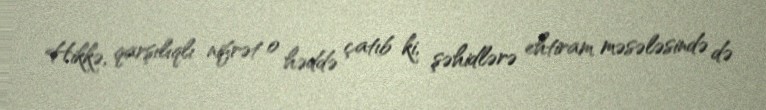
Hikkə, qarşılıqlı nifrət o həddə çatıb ki, şəhidlərə ehtiram məsələsində də